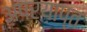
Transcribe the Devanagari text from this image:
अपर्य़ाप्त